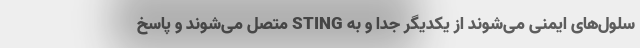
سلول‌های ایمنی می‌شوند از یکدیگر جدا و به STING متصل می‌شوند و پاسخ